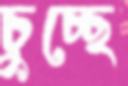
চুচ্ছে